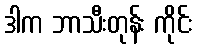
ဒါက ဘာသီးတုန်း ကိုင်း